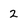
Character: 2